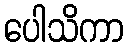
ပေါသိကာ